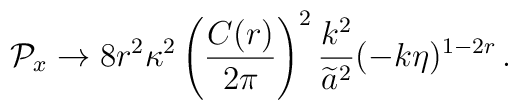
{\cal P}_x \to 8r^2\kappa^2 \left( {C(r) \over 2\pi} \right)^2 {k^2\over\widetilde{a}^2} (-k\eta)^{1-2r} \, .